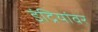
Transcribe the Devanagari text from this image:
इंद्रियांवर